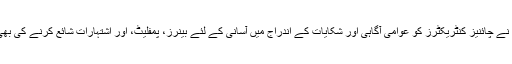
جبکہ انہوں نے چائنیز کنٹریکٹرز کو عوامی آگاہی اور شکایات کے اندراج میں آسانی کے لئے بینرز، پمفلیٹ، اور اشتہارات شائع کرنے کی بھی ہدایت دی۔